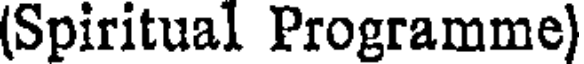
(Spiritual Programme)